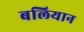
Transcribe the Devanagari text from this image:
बलियान